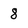
Character: 8